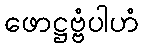
ဖောဋ္ဌဗ္ဗံပါဟံ